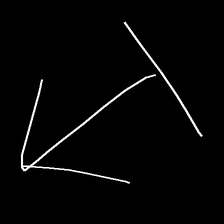
Glyph: levitation